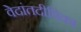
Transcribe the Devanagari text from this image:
वेदांतदीपिका